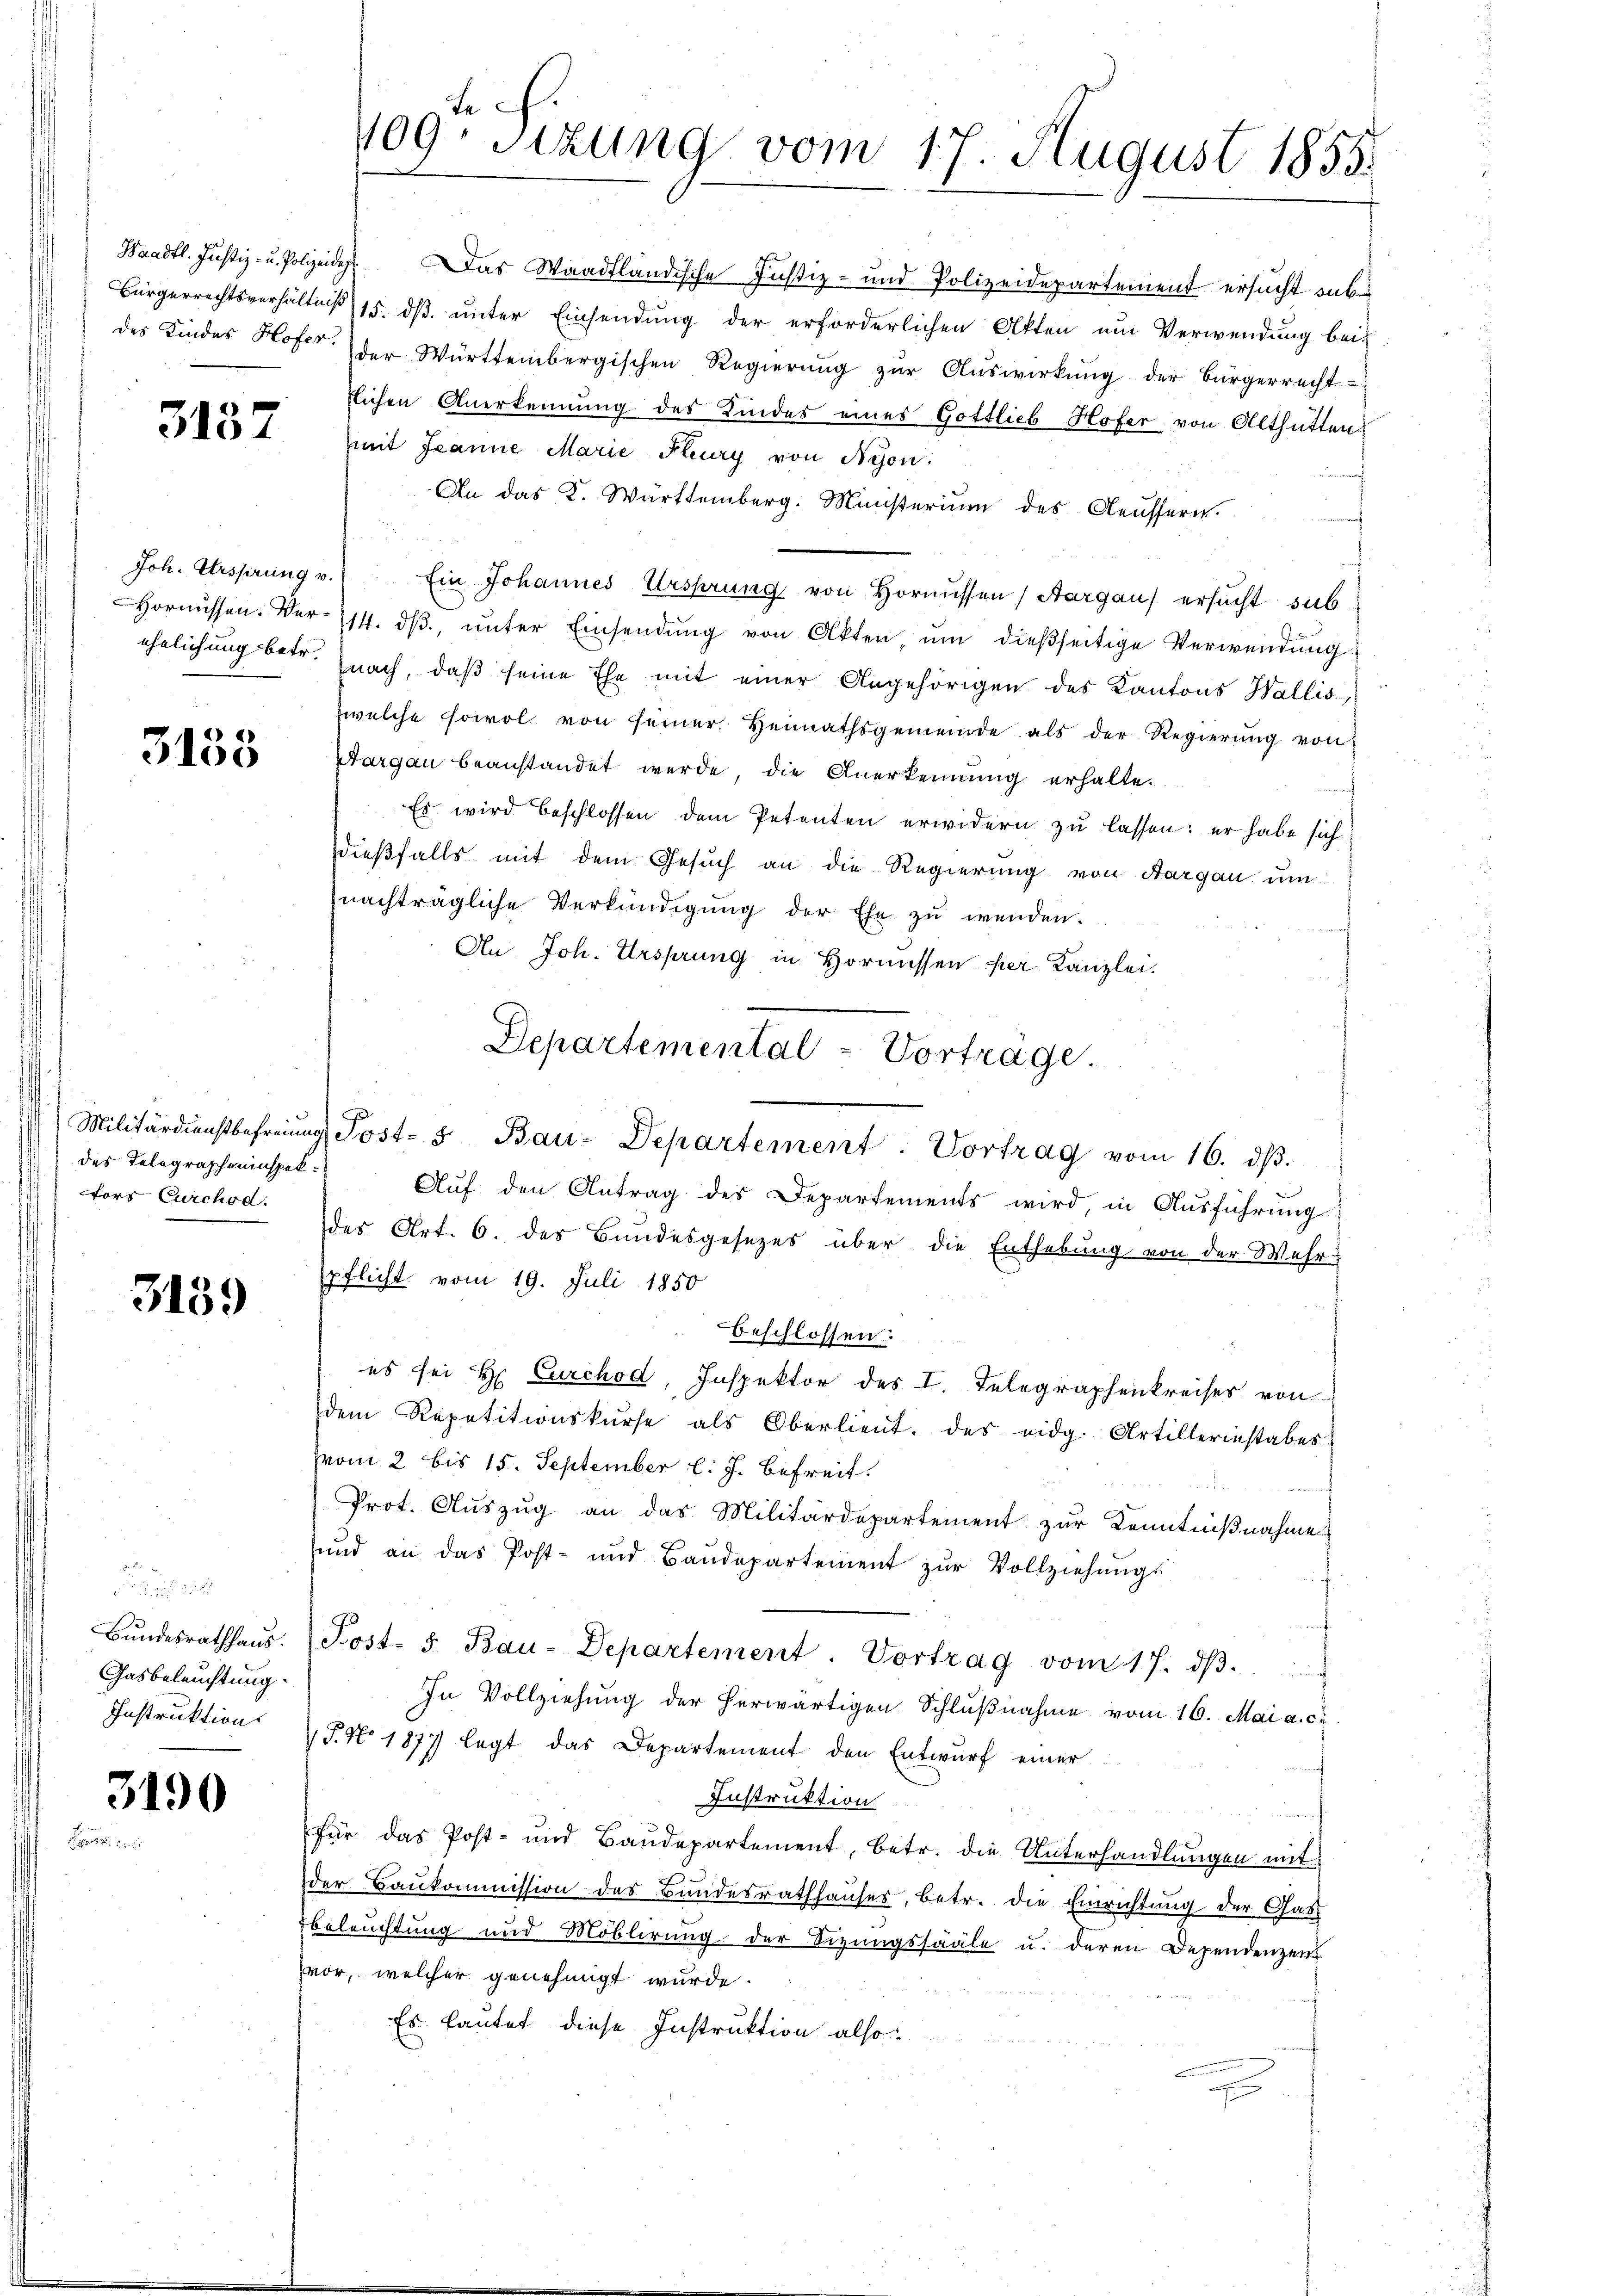
3137

3188

des Telegrapheninspektors Curchs d.

3159

Bundesrathhaus.
Gasbeleuchtung.
Instruktion

3190

te
109. Sizung vom 17. August 1855.

Waadt. Justiz- u. Polizeide. Das Waadtländische Justiz- und Polizeidepartement ersucht unbi
Bürgerrechtsverhältnis 15. ds. unter Einsendung der erforderlichen Akten um Verwendung bei-
des Kindes Hofer der Württembergischen Regierŭng zŭr Aŭswirkŭng der Bürgerrecht-
flichen Anerkennung des Kindes eines Gottlieb Hofer von Althütten
mit Jeanne Marie Flury von Nyon:
n
An das K. Württemberg. Ministerium des Aeussern.
e
Joh. Ursprung v. Ein Johannes Ursprung von Hornissen (Aargau) ersucht sub
Hornŭssen. Vor 14. dβ, ŭnter Einsendŭng von Akten, ŭm dieβseitige Verwendŭng
ehelichung betr. nach, daß seine Ehe mit einer Angehörigen des Kantons Wallis,
zwelche sowol von seiner Heimathsgemeinde als der Regierŭng von
Sargau beanstandet werde die Anerkennung erhalte.
ich
Es wird beschlossen dem Petenten erwidern zu lassen: er habe sich
dießfalls mit dem Gesuch an die Regierung von Aargau um
nachträgliche Verkündigung der Ehe zŭ wenden.
Au Joh. Ursprung in Hornissen per Kanzlei.
Militärdienstbefreiung Post- u Bau-Departement. Vortrag vom 16. dβ.
Auf den Antrag des Departements wird, in Ausführung
des Art. 6. des Bandesgesezes über die Enthebung von der Wehr-
pflicht vom 19. Juli 1850
beschlossen:
es sei Hr. Curchod, Inspektor des I. Telegraphenkreises von
dem Repetitionskŭrse als Oberlieŭt. des eidg. Artillerinstabes
vom 2 bis 15. September l. J. befreit.
Prot. Auszug an das Militärdepartement zur Kenntnißnahme
sund an das Post- und Baŭdepartement zŭr Vollziehŭngs
Post. 5. Bau-Departement. Vortrag vom 17. dβ.
In Vollziehung der herwärtigen Schlußnahme vom 16. Mai a. c.
/T. No. 1877 legt das Departement den Entwurf einer
Instruktion
für das Post- und Baudepartement, betr. die Unterhandlungen mit
der Baukommission des Bandesrathhauses, betr. die Einrichtung der Gast
Beleuchtung und Moblirung der Sizungssääle u. deren Dependenzen
vor, welcher genehmigt wurde.
Es lautet diese Instruktion also:

Departemental-Vorträge.